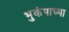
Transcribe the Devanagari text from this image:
भुकंपाच्या